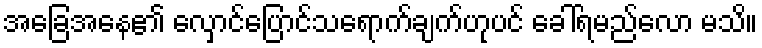
အခြေအနေ၏ လှောင်ပြောင်သရောက်ချက်ဟုပင် ခေါ်ရမည်လော မသိ။